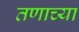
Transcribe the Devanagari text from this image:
तणाच्या